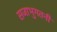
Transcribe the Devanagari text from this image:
सजाभुगतनी